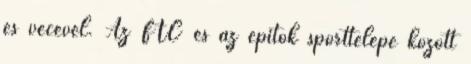
és vécével. Az FTC és az építők sporttelepe között